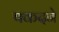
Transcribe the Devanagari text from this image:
पकदने